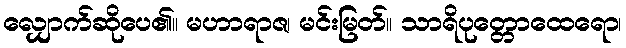
လျှောက်ဆိုပေ၏။ မဟာရာဇ၊ မင်းမြတ်။ သာရိပုတ္တောထေရော၊